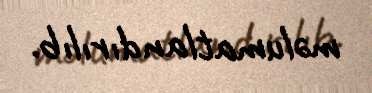
məlumatlandırılıb.